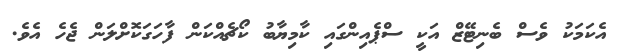
އެކަމަކު ވެސް ބެނިޓޭޒް އަކީ ސްޕެއިންގައި ކާމިޔާބު ކޯޗެއްކަން ފާހަގަކޮށްލަން ޖެހެ އެވެ.